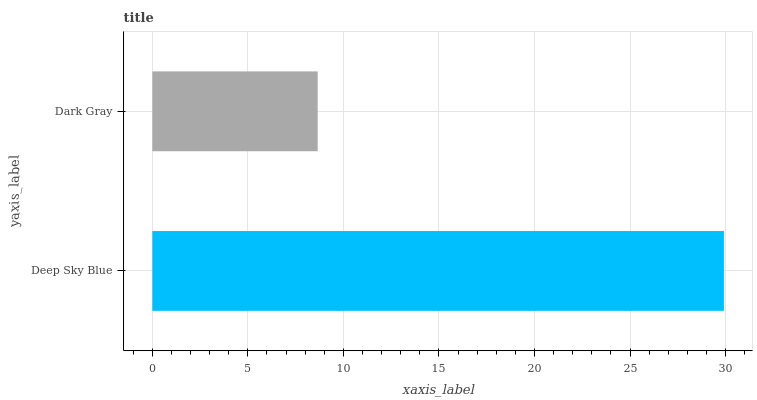
| yaxis_label | bars |
 | --- | --- |
 | Deep Sky Blue | 29.9 |
 | Dark Gray | 8.65 |